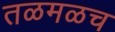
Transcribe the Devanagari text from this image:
तळमळच